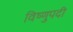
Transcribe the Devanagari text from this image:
विष्णुपदी